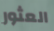
العثور